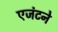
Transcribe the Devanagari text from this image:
एजंटने